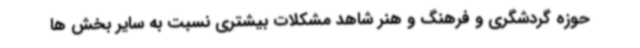
حوزه گردشگری و فرهنگ و هنر شاهد مشکلات بیشتری نسبت به سایر بخش ها